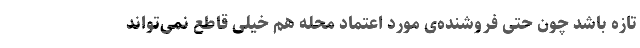
تازه باشد چون حتی فروشنده‌ی مورد اعتماد محله هم خیلی قاطع نمی‌تواند